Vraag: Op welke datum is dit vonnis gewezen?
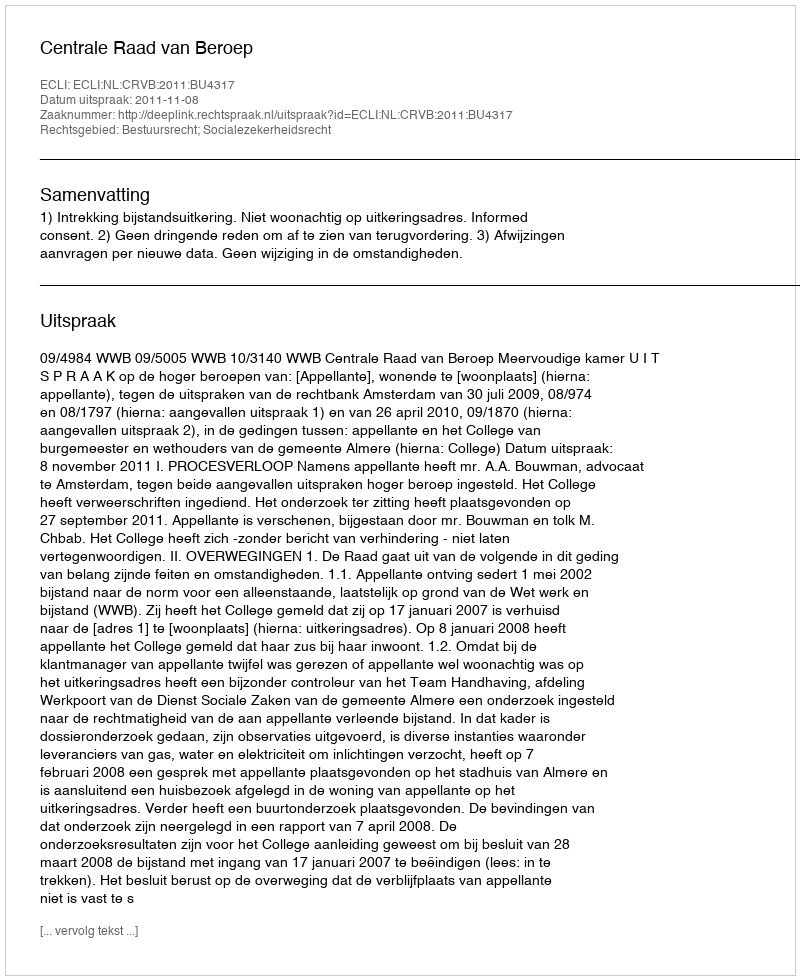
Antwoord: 2011-11-08